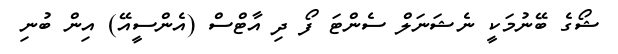
ޝޯގެ ބޭނުމަކީ ނެޝަނަލް ސެންޓަ ފޯ ދި އާޓްސް (އެންސީއޭ) އިން ބުނި